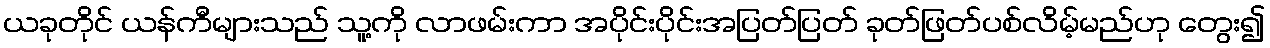
ယခုတိုင် ယန်ကီများသည် သူ့ကို လာဖမ်းကာ အပိုင်းပိုင်းအပြတ်ပြတ် ခုတ်ဖြတ်ပစ်လိမ့်မည်ဟု တွေး၍